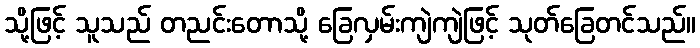
သို့ဖြင့် သူသည် တညင်းတောသို့ ခြေလှမ်းကျဲကျဲဖြင့် သုတ်ခြေတင်သည်။